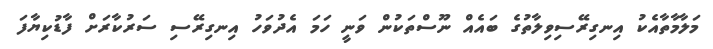
މަލާމާތާއެކު އިނގިރޭސިވިލާތުގެ ބައެއް ނޫސްތަކުން ވަނީ ހަމަ އެދުވަހު އިނގިރޭސި ސަރުކާރަށް ފާޑުކިޔާފަ